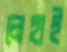
লেহাই